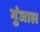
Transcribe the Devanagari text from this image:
गुंजाल